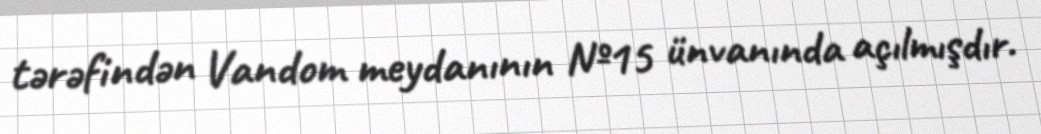
tərəfindən Vandom meydanının №15 ünvanında açılmışdır.